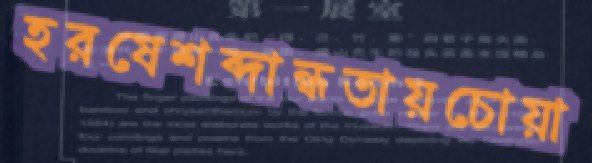
হরষেশব্দান্ধতায়চোয়া